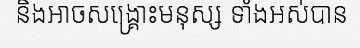
និងអាចសង្គ្រោះមនុស្ស ទាំងអស់បាន